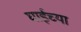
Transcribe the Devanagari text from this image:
घाईच्या